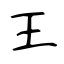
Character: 王